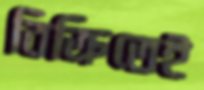
বিক্রিতেই